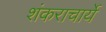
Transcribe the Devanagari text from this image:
शंकराचार्ये